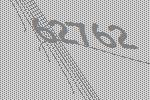
62762